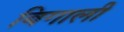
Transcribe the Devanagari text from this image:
बिगाली